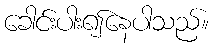
ခေါင်းပါး၍နေပါသည်။